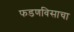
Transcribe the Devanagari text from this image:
फडणविसाचा